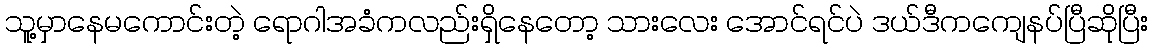
သူ့မှာနေမကောင်းတဲ့ ရောဂါအခံကလည်းရှိနေတော့ သားလေး အောင်ရင်ပဲ ဒယ်ဒီကကျေနပ်ပြီဆိုပြီး